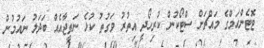
ޓޮޓެންހަމްގެ މައްޗަށް ސްޓޯކުން ކުރިހޯދީ އިތުރު ވަގުތު ކުޅެ ނަތީޖާއެއް ބަދަލު ނައުމުން